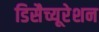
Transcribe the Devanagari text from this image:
डिसैच्यूरेशन